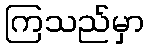
ကြသည်မှာ